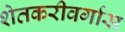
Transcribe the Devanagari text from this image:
शेतकरीवर्गास